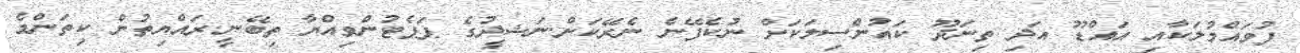
ފުވައްމުލަކާއި އައްޑޫ އަދި ތިނަދޫ ކައުންސިލަކަށް ނުކެފޭނެ ނެރޭކަށް.ނަޝީދުގެ ޕަޕެޓުންވިއްޔާ ތިބޭނީ.ރައްޔިތުން ކިތަންމެ